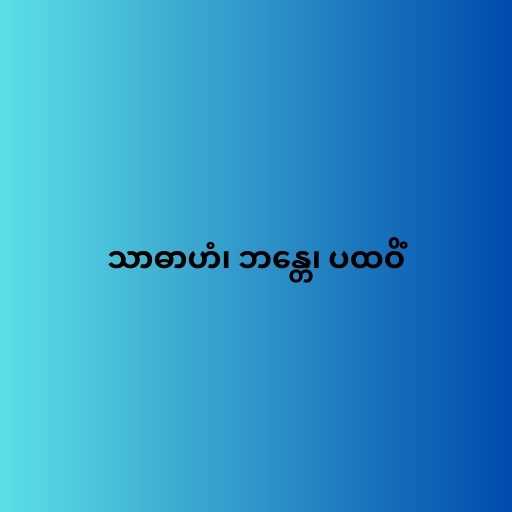
သာဓာဟံ၊ ဘန္တေ၊ ပထဝိံ